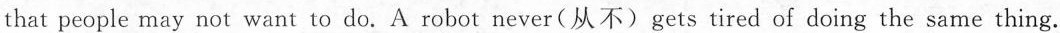
that people may not want to do. A robot never(从不)gets tired of doing the same thing.